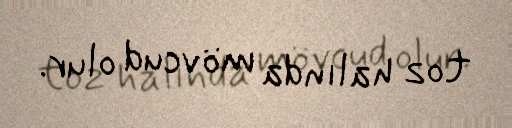
toz halında mövcud olur.